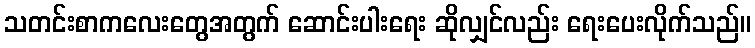
သတင်းစာကလေးတွေအတွက် ဆောင်းပါးရေး ဆိုလျှင်လည်း ရေးပေးလိုက်သည်။